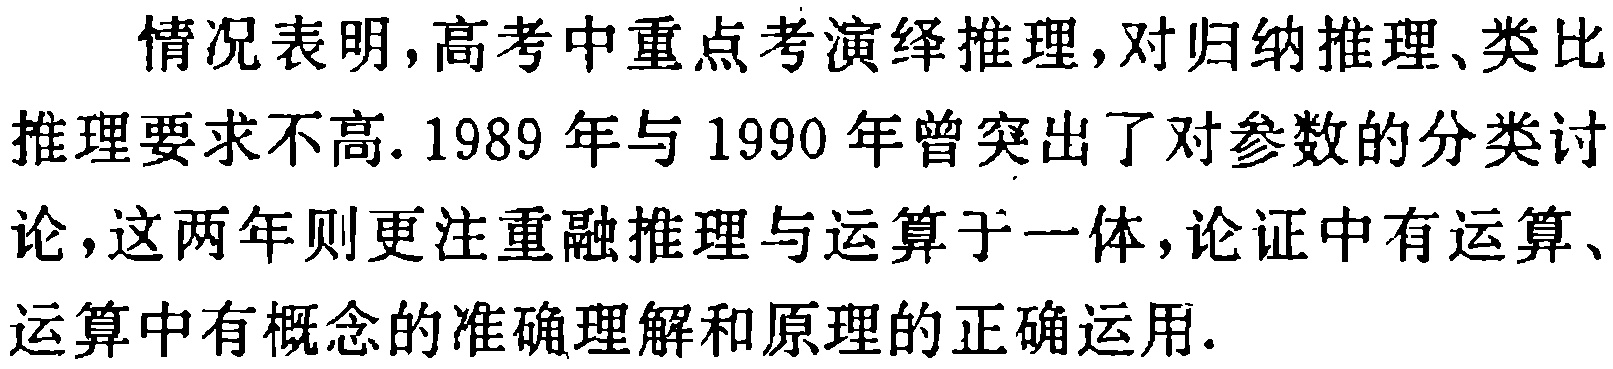
情况表明,高考中重点考演绎推理,对归纳推理、类比推理要求不高. 1989 年与 1990 年曾突出了对参数的分类讨论,这两年则更注重融推理与运算于一体,论证中有运算、运算中有概念的准确理解和原理的正确运用.